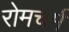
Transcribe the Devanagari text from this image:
रोमचर्म